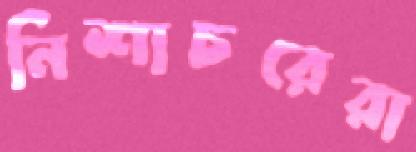
নিশাচরেরা